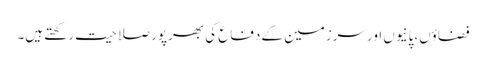
فضاؤں،پانیوں اور سرزمین کے دفاع کی بھرپور صلاحیت رکھتے ہیں۔